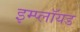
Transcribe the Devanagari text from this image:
इम्प्लॉयड